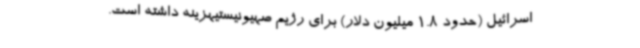
اسرائیل (حدود 1.8 میلیون دلار) برای رژیم صهیونیستیهزینه داشته است.